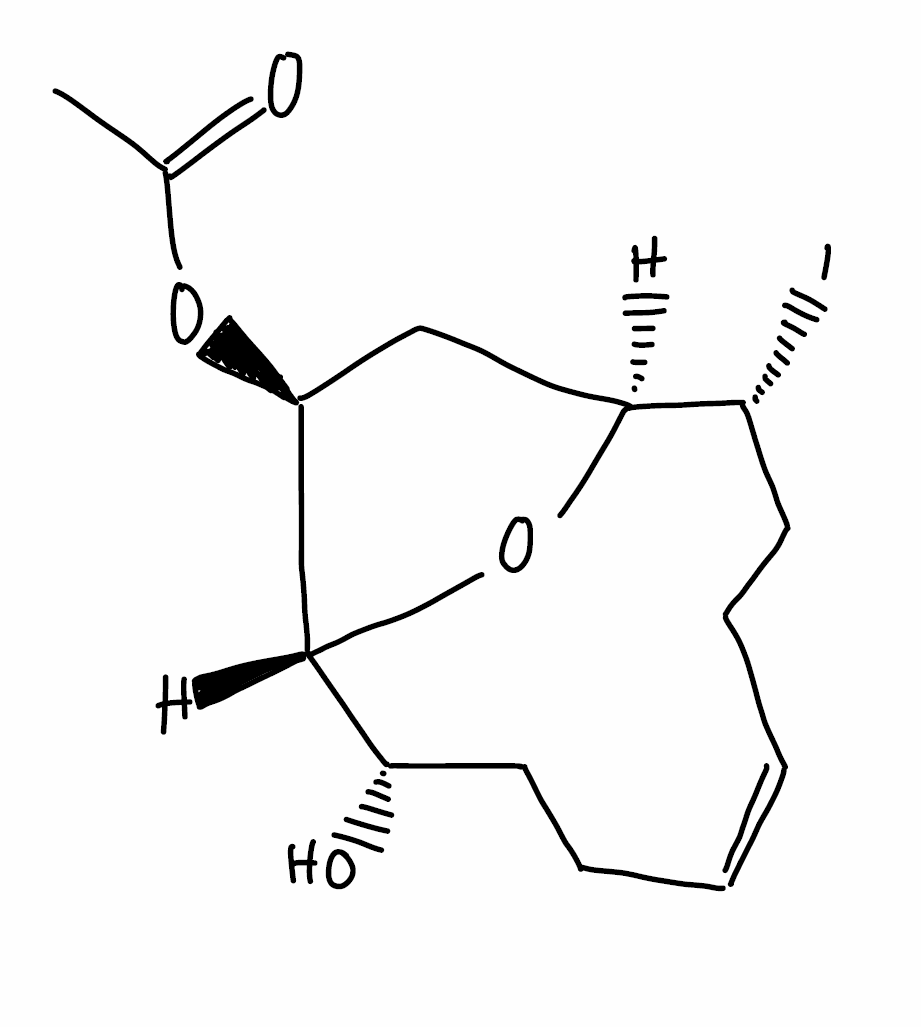
Simplified molecular-input line-entry system (SMILES) notation of the given molecule:
CC(=O)O[C@H]1C[C@H]2[C@@H](CC/C=C\CC[C@@H]([C@H]1O2)O)I